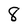
Character: 8